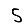
Digit: 5